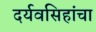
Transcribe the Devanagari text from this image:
दर्यवसिहांचा